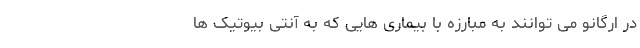
در اُرگانو می توانند به مبارزه با بیماری هایی که به آنتی بیوتیک ها